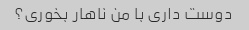
دوست داری با من ناهار بخوری؟